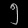
Digit: ၅